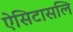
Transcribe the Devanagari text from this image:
ऐसिटासलि